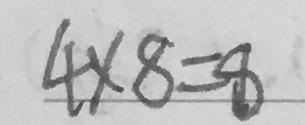
4 \times 8 = 8